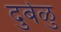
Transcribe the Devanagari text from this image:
दुर्बळु